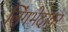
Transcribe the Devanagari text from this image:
लिंगभेदावर